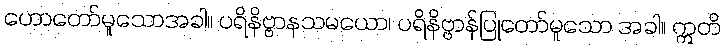
ဟောတော်မူသောအခါ။ ပရိနိဗ္ဗာနသမယော၊ ပရိနိဗ္ဗာန်ပြုတော်မူသော အခါ။ ဣတိ